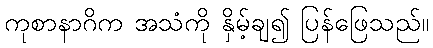
ကုစာနာဂိက အသံကို နှိမ့်ချ၍ ပြန်ဖြေသည်။